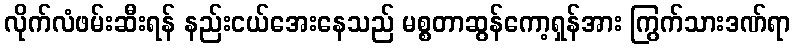
လိုက်လံဖမ်းဆီးရန် နည်းငယ်အေးနေသည် မစ္စတာဆွန်ကော့ရှန်အား ကြွက်သားဒဏ်ရာ